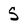
Character: S